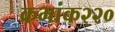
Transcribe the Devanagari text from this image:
क्रमांक२२०